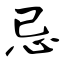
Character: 忌